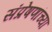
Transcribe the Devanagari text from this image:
संप्रेषणांच्या